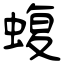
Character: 蝮